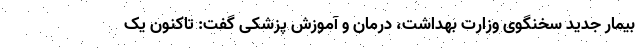
بیمار جدید سخنگوی وزارت بهداشت، درمان و آموزش پزشکی گفت: تاکنون یک